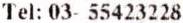
TEL: 03- 55423228